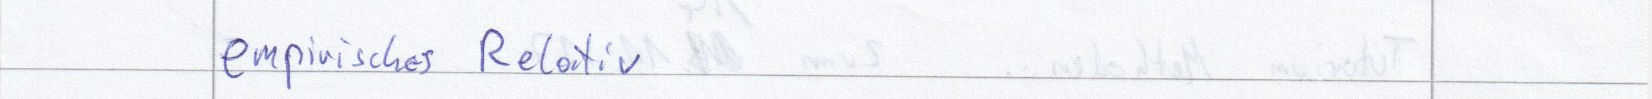
empirisches Relativ